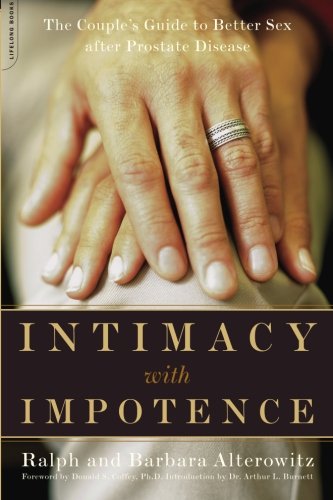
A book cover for Intimacy With Impotence: The Couple's Guide To Better Sex After Prostate Disease; Ralph Alterowitz; Parenting & Relationships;